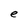
Character: e